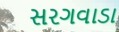
સરગવાડા